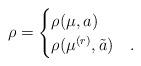
LaTeX: \begin{align*}\rho=\begin{cases} \rho(\mu,a)&\\\rho(\mu^{(r)},\tilde{a})&.\end{cases}\end{align*}